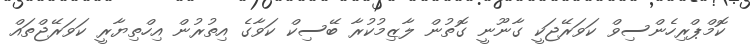
ކޮމްޕްރިހެންސިވް ކަވަރޭޖަކީ ގާނޫނީ ގޮތުން ލާޒިމުކުރާ ބޭސިކް ކަވާގެ އިތުރުން އިހްތިޔާރީ ކަވަރޭޖްތައް